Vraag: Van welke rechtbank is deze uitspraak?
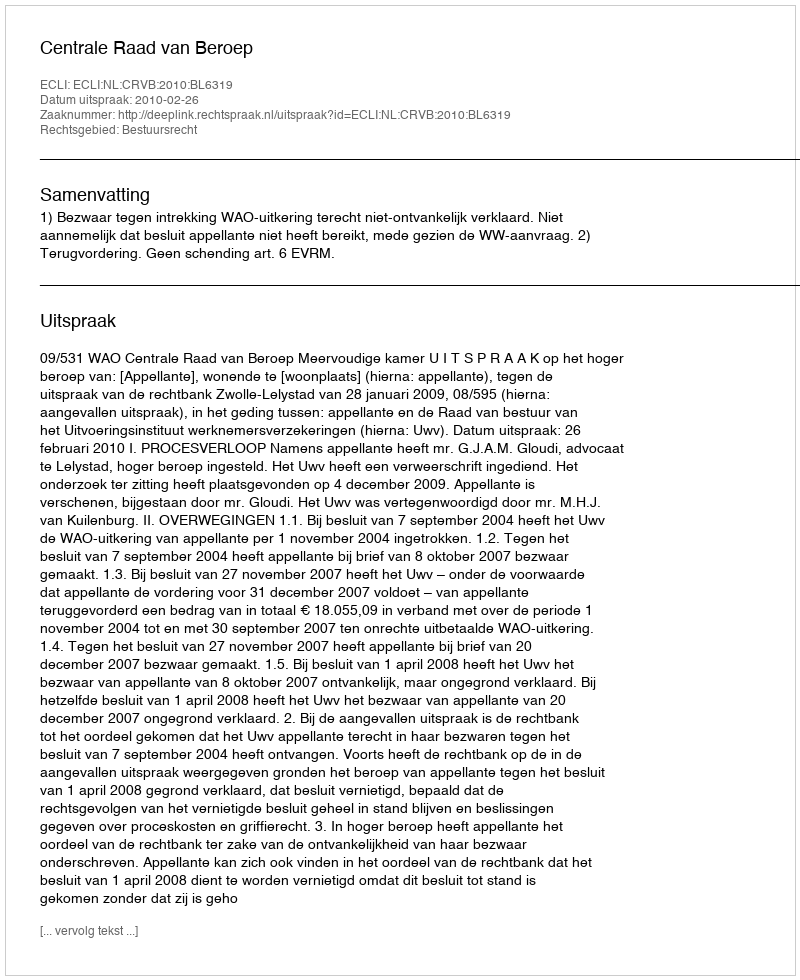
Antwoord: Centrale Raad van Beroep